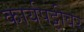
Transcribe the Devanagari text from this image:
कार्यपट्टीवर